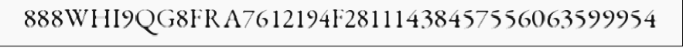
888WHI9QG8FRA7612194F28111438457556063599954